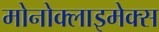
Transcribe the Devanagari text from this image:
मोनोक्लाइमेक्स